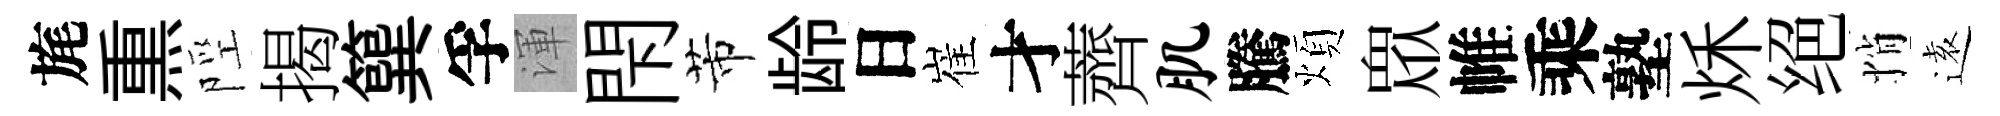
旄𤋱陘揭簨孚渾閇芾龄日崔才薺肌騰煩衆帷乘塾秌绝悄逺